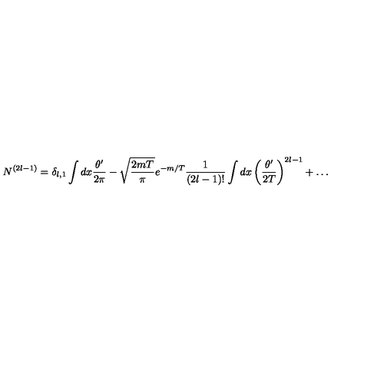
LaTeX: N ^ { ( 2 l - 1 ) } = \delta _ { l , 1 } \int d x \frac { \theta ^ { \prime } } { 2 \pi } - \sqrt { \frac { 2 m T } { \pi } } e ^ { - m / T } \frac { 1 } { ( 2 l - 1 ) ! } \int d x \left( \frac { \theta ^ { \prime } } { 2 T } \right) ^ { 2 l - 1 } + \dots